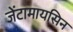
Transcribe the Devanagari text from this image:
जेंटामायसिन